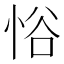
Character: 𪫹